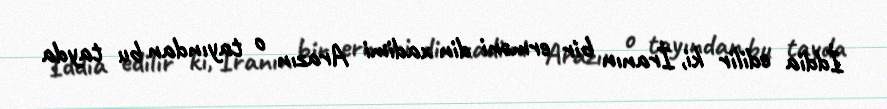
İddia edilir ki, İranın bir erməni din xadimi Arazın o tayından bu tayda